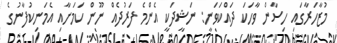
މުޒާހަރާގައި ހިސާން ވާހަކަ ދައްކަވަނީ: ނަޝީދަކީ އެންމެ ފަރުދެއް ނޫން ކަމަށާއި އެމަނިކުފާނުގެ